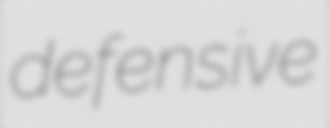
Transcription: defensive